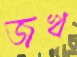
জখ